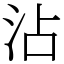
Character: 沾